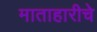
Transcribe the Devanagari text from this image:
माताहारीचे